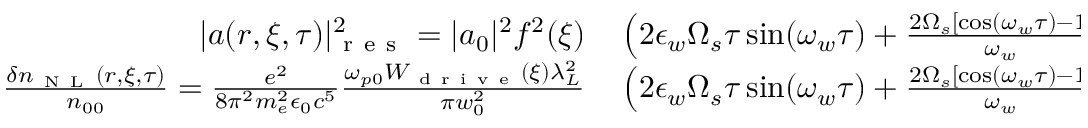
\begin{array} { r l } { | a ( r , \xi , \tau ) | _ { \mathrm { ~ r ~ e ~ s ~ } } ^ { 2 } = | a _ { 0 } | ^ { 2 } f ^ { 2 } ( \xi ) } & { { } \left( 2 \epsilon _ { w } \Omega _ { s } \tau \sin ( \omega _ { w } \tau ) + \frac { 2 \Omega _ { s } \left[ \cos ( \omega _ { w } \tau ) - 1 \right] } { \omega _ { w } } \right) \cos ( k _ { p 0 } \xi ) \mathrm { ~ L ~ G ~ } _ { 0 0 } ( r ) \mathrm { ~ L ~ G ~ } _ { 1 0 } ( r ) \, , } \\ { \frac { \delta n _ { \mathrm { ~ N ~ L ~ } } ( r , \xi , \tau ) } { n _ { 0 0 } } = \frac { e ^ { 2 } } { 8 \pi ^ { 2 } m _ { e } ^ { 2 } \epsilon _ { 0 } c ^ { 5 } } \frac { \omega _ { p 0 } W _ { \mathrm { ~ d ~ r ~ i ~ v ~ e ~ } } ( \xi ) \lambda _ { L } ^ { 2 } } { \pi w _ { 0 } ^ { 2 } } } & { { } \left( 2 \epsilon _ { w } \Omega _ { s } \tau \sin ( \omega _ { w } \tau ) + \frac { 2 \Omega _ { s } \left[ \cos ( \omega _ { w } \tau ) - 1 \right] } { \omega _ { w } } \right) \sin ( k _ { p 0 } \xi ) \mathrm { ~ L ~ G ~ } _ { 0 0 } ( r ) \mathrm { ~ L ~ G ~ } _ { 1 0 } ( r ) } \end{array}